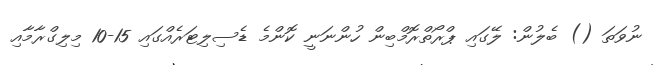
ނުވަތަ () ބެލުން: ލޭގައި ޕްރޯތްރޮމްބިން ހުންނަނީ ކޮންމެ ޑެސިލިޓަރެއްގައި 15-10 މިލިގްރާމާއި